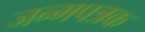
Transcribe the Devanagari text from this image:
जन्मपत्रक